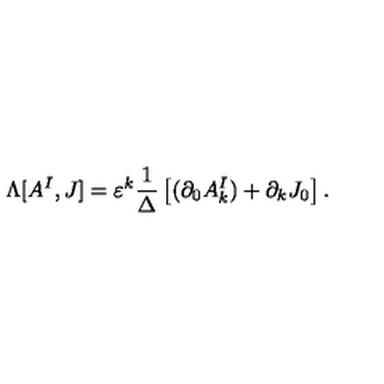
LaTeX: \Lambda [ A ^ { I } , J ] = \varepsilon ^ { k } \frac { 1 } { \Delta } \left[ ( \partial _ { 0 } A _ { k } ^ { I } ) + \partial _ { k } J _ { 0 } \right] .